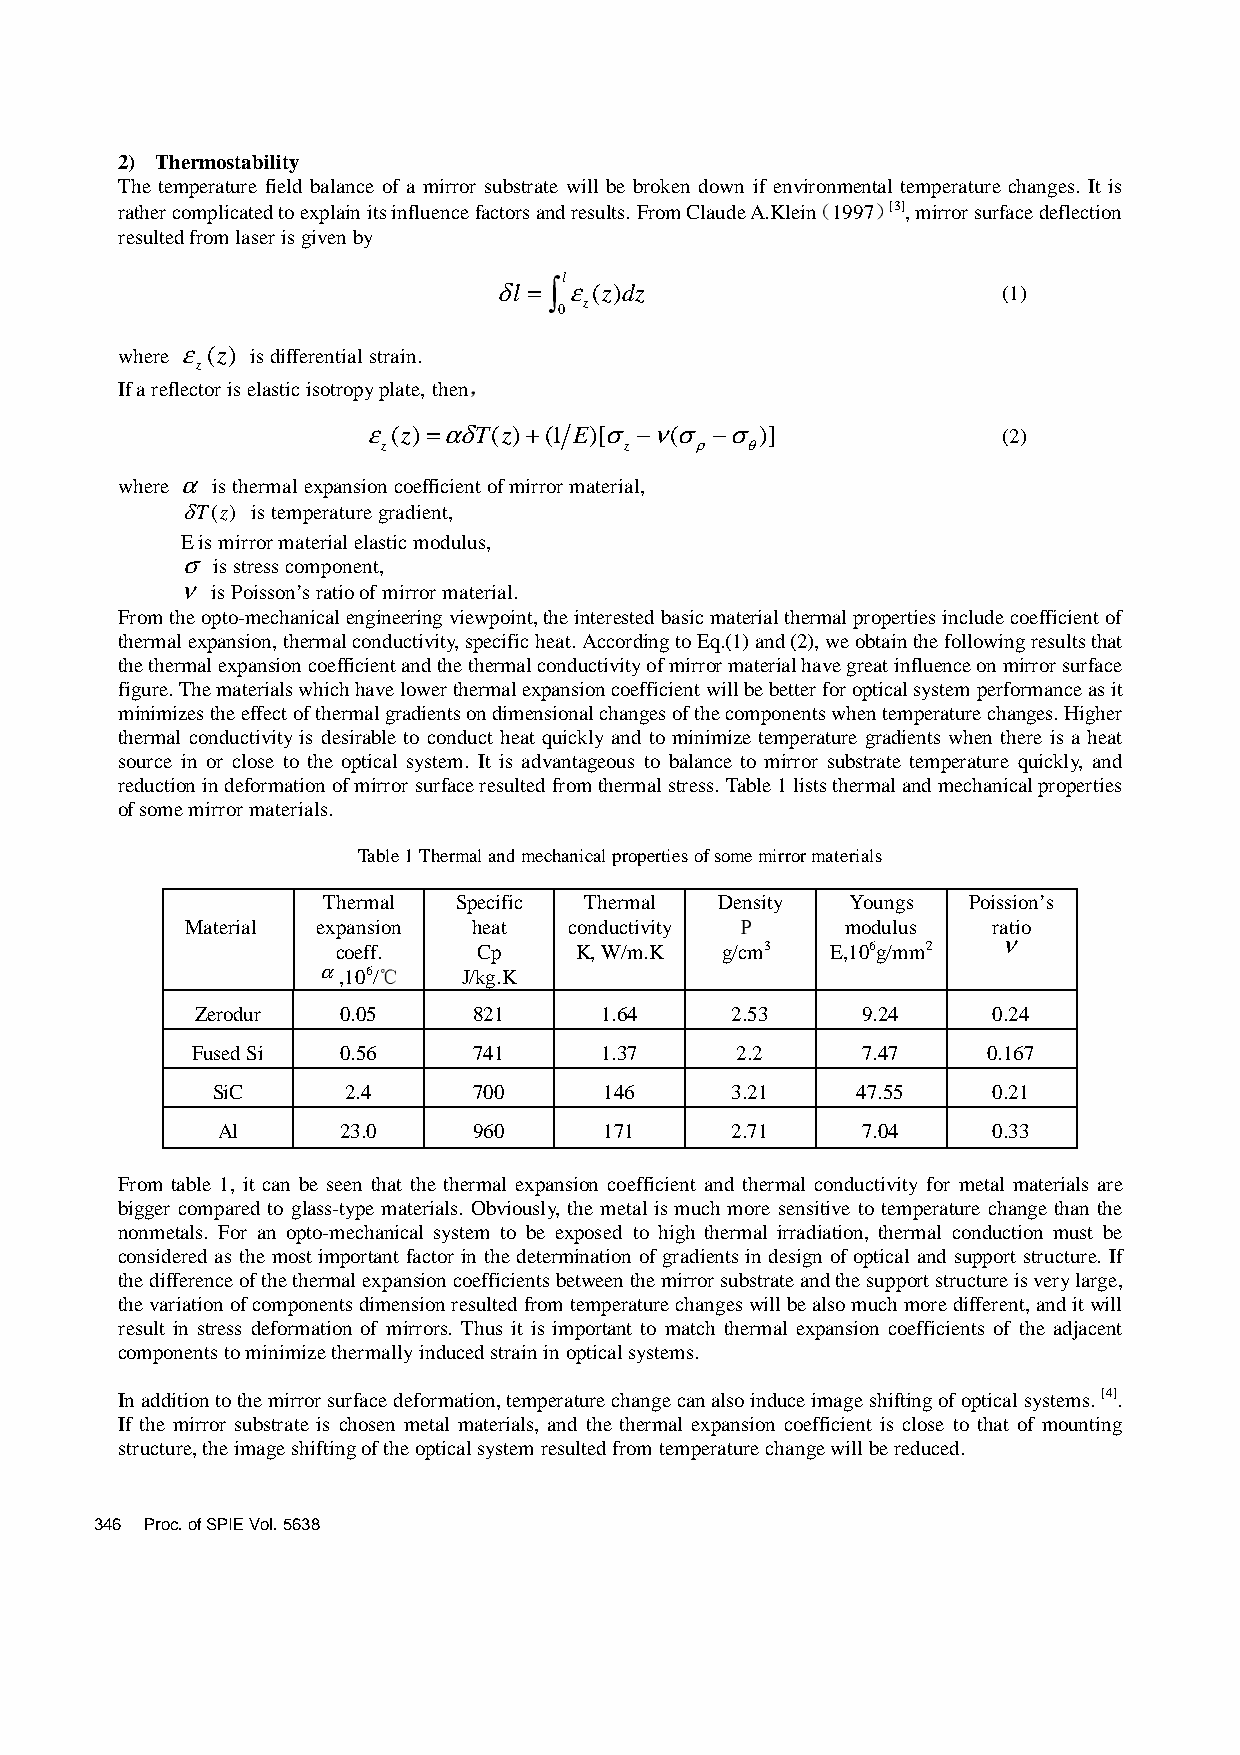
2) Thermostability
 The temperature field balance of a mirror substrate will be broken down if envir（onment）al temperature changes. It is
 rather complicated to explain its influence factors and results. From Claude A.Klein 1997 [3], mirror surface deflection
 resulted from laser is given by
 ∫
 δl = lε(z)dz
 (1)
 z
 0
 where
 ε(z)
 is differential strain.
 z                 ，
 If a reflector is elastic isotropy plate, then
 ε(z) =αδT(z)+(1 E)[σ −ν(σ −σ)]
 (2)
 z               z    ρ  θ
 α
 where is thermal expansion coefficient of mirror material,
 δT(z) is temperature gradient,
 E is mirror material elastic modulus,
 σ
 is stress component,
 ν
 is Poisson’s ratio of mirror material.
 From the opto-mechanical engineering viewpoint, the interested basic material thermal properties include coefficient of
 thermal expansion, thermal conductivity, specific heat. According to Eq.(1) and (2), we obtain the following results that
 the thermal expansion coefficient and the thermal conductivity of mirror material have great influence on mirror surface
 figure. The materials which have lower thermal expansion coefficient will be better for optical system performance as it
 minimizes the effect of thermal gradients on dimensional changes of the components when temperature changes. Higher
 thermal conductivity is desirable to conduct heat quickly and to minimize temperature gradients when there is a heat
 source in or close to the optical system. It is advantageous to balance to mirror substrate temperature quickly, and
 reduction in deformation of mirror surface resulted from thermal stress. Table 1 lists thermal and mechanical properties
 of some mirror materials.
 Table 1 Thermal and mechanical properties of some mirror materials
 Thermal  Specific Thermal  Density Youngs  Poission’s
 Ρ
 Material expansion heat   conductivity      modulus   ratio
 ν
 coeff.℃   Cp    K, W/m.K  g/cm3  E,106g/mm2
 α ,106/   J/kg.K
 Zerodur   0.05    821      1.64    2.53     9.24     0.24
 Fused Si  0.56    741      1.37     2.2     7.47    0.167
 SiC      2.4     700      146     3.21     47.55    0.21
 Al       23.0    960      171     2.71     7.04     0.33
 From table 1, it can be seen that the thermal expansion coefficient and thermal conductivity for metal materials are
 bigger compared to glass-type materials. Obviously, the metal is much more sensitive to temperature change than the
 nonmetals. For an opto-mechanical system to be exposed to high thermal irradiation, thermal conduction must be
 considered as the most important factor in the determination of gradients in design of optical and support structure. If
 the difference of the thermal expansion coefficients between the mirror substrate and the support structure is very large,
 the variation of components dimension resulted from temperature changes will be also much more different, and it will
 result in stress deformation of mirrors. Thus it is important to match thermal expansion coefficients of the adjacent
 components to minimize thermally induced strain in optical systems.
 In addition to the mirror surface deformation, temperature change can also induce image shifting of optical systems. [4].
 If the mirror substrate is chosen metal materials, and the thermal expansion coefficient is close to that of mounting
 structure, the image shifting of the optical system resulted from temperature change will be reduced.
 346 Proc. of SPIE Vol. 5638